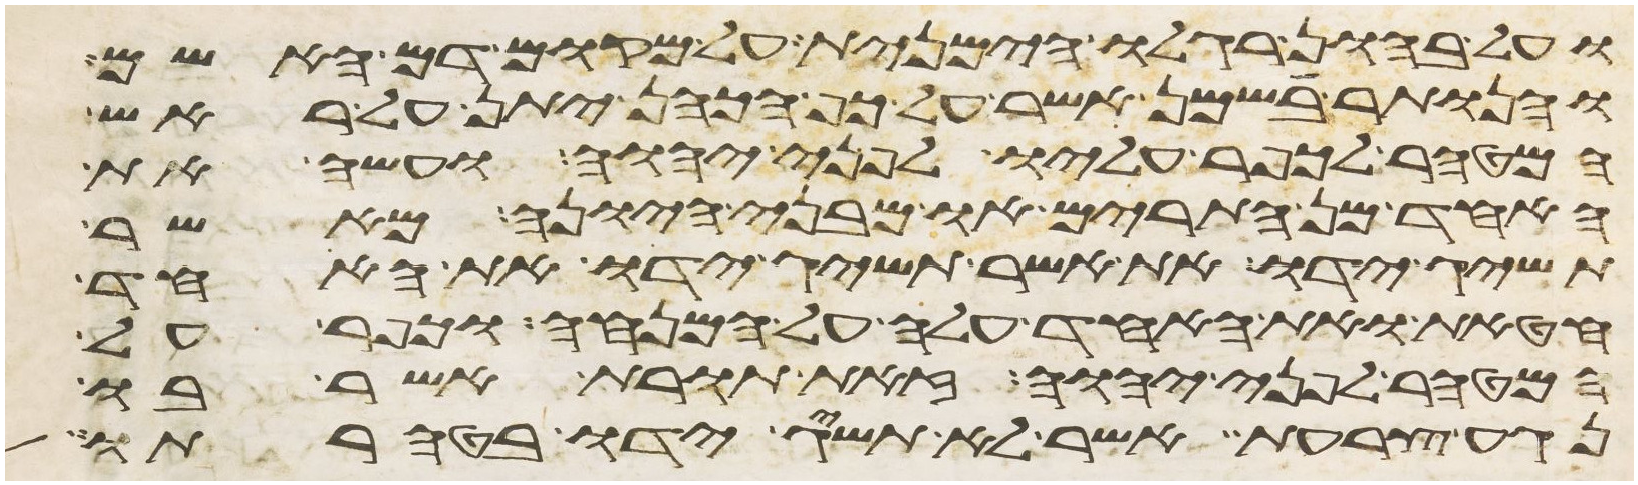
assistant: ועל בהון רגלו הימנית על מקום דם האשם
והנותר בשמן אשר על כף הכהן יתן על ראש
המטהר לכפר עליו לפני יהוה ועשה את
האחד מן התרים או מבני היונה מאשר
תשיג ידו את אשר תשיג ידו את האחד
חטאת ואת האחד עלה על המנחה וכפר על
המטהר לפני יהוה זאת תורת אשר בו
נגע צרעת אשר לא תשיג ידו בטהרתו